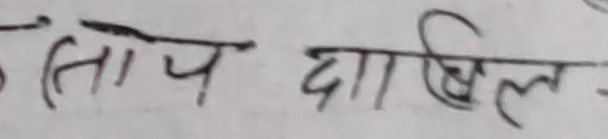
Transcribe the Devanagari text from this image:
ताप दाखिल